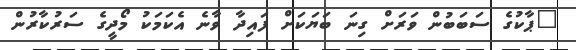
"ޕާކުގެ ސަބަބުން ވަރަށް ގިނަ ބަޔަކަށް ފައިދާ ވާނެ އެކަމަކު މޯދީގެ ސަރުކާރުން